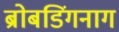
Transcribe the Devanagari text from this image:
ब्रोबडिंगनाग